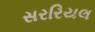
સરરિયલ